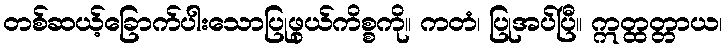
တစ်ဆယ့်ခြောက်ပါးသောပြုဖွယ်ကိစ္စကို။ ကတံ၊ ပြုအပ်ပြီ။ ဣတ္ထတ္တာယ၊